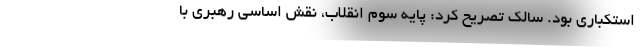
استکباری بود. سالک تصریح کرد: پایه سوم انقلاب، نقش اساسی رهبری با